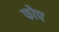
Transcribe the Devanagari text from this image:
फोप